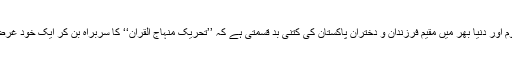
پاکستانی قوم اور دُنیا بھر میں مُقیم فرزندانِ و دُخترانِ پاکستان کی کتنی بد قِسمتی ہے کہ ’’تحریکِ منہاج اُلقرآن‘‘ کا سربراہ بن کر ایک خود غرض شخص ۔